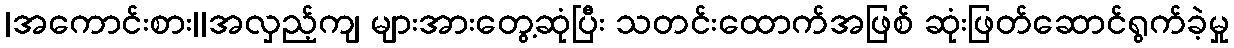
|အကောင်းစား||အလှည့်ကျ များအားတွေ့ဆုံပြီး သတင်းထောက်အဖြစ် ဆုံးဖြတ်ဆောင်ရွက်ခဲ့မှု